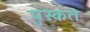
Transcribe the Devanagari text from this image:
पुस्कत